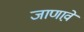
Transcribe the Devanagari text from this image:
जाणावे़